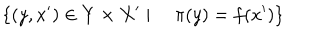
LaTeX: \{ ( y , x ^ { \prime } ) \in Y \times X ^ { \prime } \mid \quad \pi ( y ) = f ( x ^ { \prime } ) \}